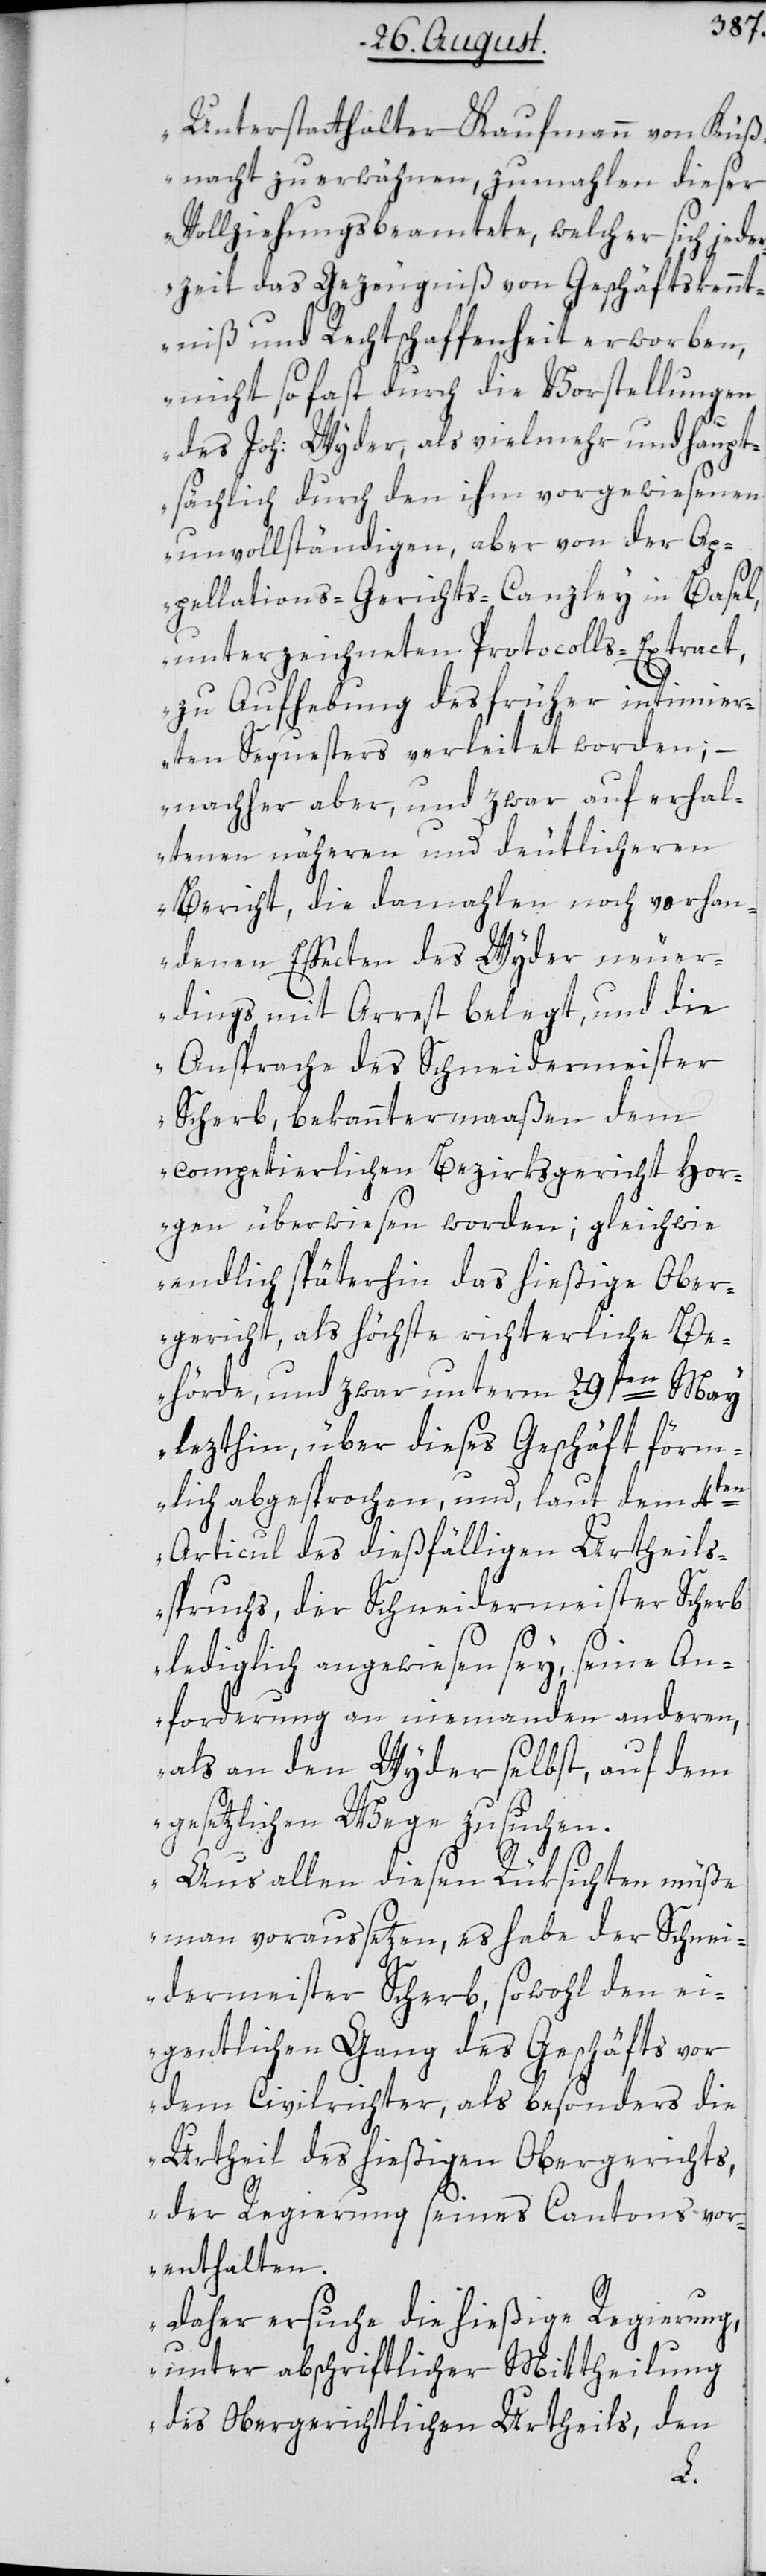
Unterstatthalter Kaufmann von Küs¬
nacht zu erwähnen, zumahlen dieser
Vollziehungsbeamtete, welcher sich jede¬
rzeit das Gezeugniß von Geschäftskennt¬
niß und Rechtschaffenheit erworben,
nicht so fast durch die Vorstellungen
des Joh: Wyder, als vielmehr und haupt¬
sächlich durch den ihm vorgewiesenen
unvollständigen, aber von der A¬
ppellations-Gerichts-Canzley in Basel,
unterzeichneten Protocolls-Extract,
zu Aufhebung des früher intimier¬
ten Sequesters verleitet worden; –
nachher aber, und zwar auf erhal¬
tenen näheren und deutlicheren
Bericht, die damahlen noch vorhan¬
denen Effecten des Wyder neuer¬
dings mit Arrest belegt, und die
Ansprache des Schneidermeister
Scherb, bekanntermaaßen dem
competierlichen Bezirksgericht Hor¬
gen überwiesen worden; gleichwie
endlich späterhin das hießige Ober¬
gericht, als höchste richterliche Be¬
hörde, und zwar unterm 29sten May
lezthin, über dieses Geschäft förm¬
lich abgesprochen und laut dem 4ten
Articul des dießfälligen Urtheils¬
spruchs, der Schneidermeister Scherb
lediglich angewiesen sey, seine An¬
forderung an niemanden anderen,
als an den Wyder selbst, auf dem
gesetzlichen Wege zu suchen.
Aus allen diesen Rüksichten müße
man voraussetzen, es habe der Schnei¬
dermeister Scherb, sowohl den ei¬
gentlichen Gang des Geschäfts vor
dem Civilrichter, als besonders die
Urtheil des hießigen Obergerichts,
der Regierung seines Cantons vor¬
enthalten.
Daher ersuche die hießige Regierung,
unter abschriftlicher Mittheilung
des Obergerichtlichen Urtheils, den